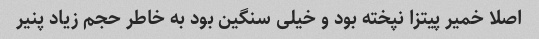
اصلا خمیر پیتزا نپخته بود و خیلی سنگین بود به خاطر حجم زیاد پنیر